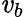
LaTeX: \mathit{v}_{b}